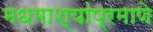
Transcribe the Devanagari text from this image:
मधमाश्यांप्रमाणे